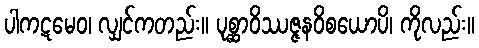
ပါကဋမေဝ၊ လျှင်ကတည်း။ ပုစ္ဆာဝိဿဇ္ဇနဝိစယောပိ၊ ကိုလည်း။